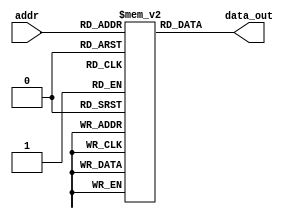
module InstMem (input [5:0] addr, output [31:0] data_out);
reg[31:0] mem [0:63];
assign data_out = mem[addr];

initial begin
mem[0]=32'b00000000000000000010001100000011;
mem[1]=32'b00000000010000000010001110000011;
mem[2]=32'b00000000100000000010111000000011;
//mem[3]=32'b00000001110000110000111010110011
//;

mem[3]=32'b00000000000100110000111010010011;
mem[4]=32'b00000000110100111010111100010011;
mem[5]=32'b00000000011111100011111110010011;


mem[6]=32'b00000000010100110100010000010011;
mem[7]=32'b00000000001000111001010010010011;
mem[8]=32'b00000000000111100101100100010011;
//mem[9]=32'b000000001100_00000_010_00110_0000011 ; //lw x6, 12(x0)
//mem[10]=32'b0000000_00001_00110_111_00111_0110011 ; //and x7, x6, x1
//mem[11]=32'b0100000_00010_00001_000_01000_0110011 ; //sub x8, x1, x2
//mem[12]=32'b0000000_00010_00001_000_00000_0110011 ; //add x0, x1, x2
//mem[13]=32'b0000000_00001_00000_000_01001_0110011 ; //add x9, x0, x1
end
endmodule